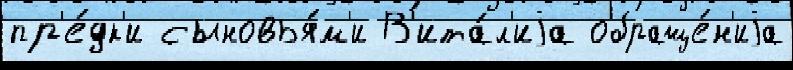
пр'е́дк'и сыновья́м'и В'ита́л'иjа обраще́н'иjа